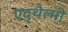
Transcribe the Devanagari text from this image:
एदृथैल्मी